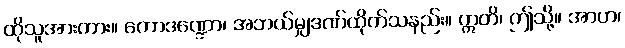
ထိုသူအားကား။ ကောဒဏ္ဍော၊ အဘယ်မျှဒဏ်ထိုက်သနည်း။ ဣတိ၊ ဤသို့။ အာဟ၊